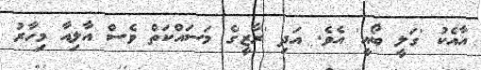
އާއެކު 'ގަލީ ބޯއީ' އެވެ. އަދި 'ރާޒީ'ގެ މަސައްކަތް ވެސް އާލިއާ މިހާރު